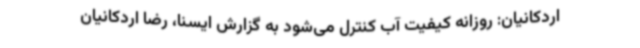
اردکانیان: روزانه کیفیت آب کنترل می‌شود به گزارش ایسنا، رضا اردکانیان